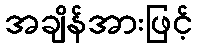
အချိန်အားဖြင့်